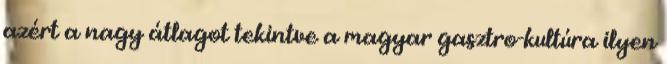
azért a nagy átlagot tekintve a magyar gasztro-kultúra ilyen